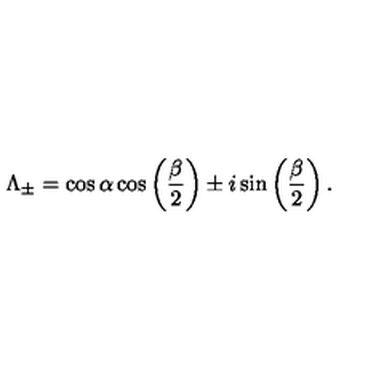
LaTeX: \Lambda _ { \pm } = \cos \alpha \cos \left( \frac { \beta } { 2 } \right) \pm i \sin \left( \frac { \beta } { 2 } \right) .